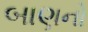
બાણનો